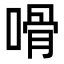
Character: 嗗